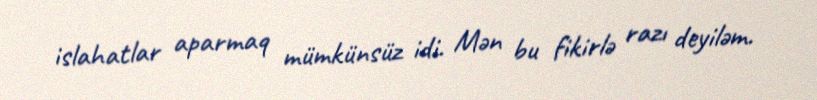
islahatlar aparmaq mümkünsüz idi. Mən bu fikirlə razı deyiləm.